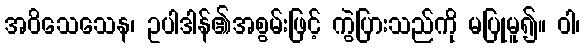
အဝိသေသေန၊ ဥပါဒါန်၏အစွမ်းဖြင့် ကွဲပြားသည်ကို မပြုမူ၍။ ဝါ၊